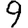
Digit: 9